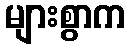
များစွာက